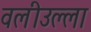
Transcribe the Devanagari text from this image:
वलीउल्ला